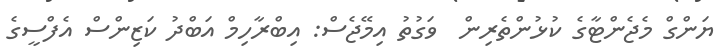
ޔަންގް މެޖެންޓާގެ ކުޅުންތެރިން  ވަގުތު އިމޭޖެސް: އިބްރާހިމް އަބްދު ކަޒިންސް އެފްސީގެ